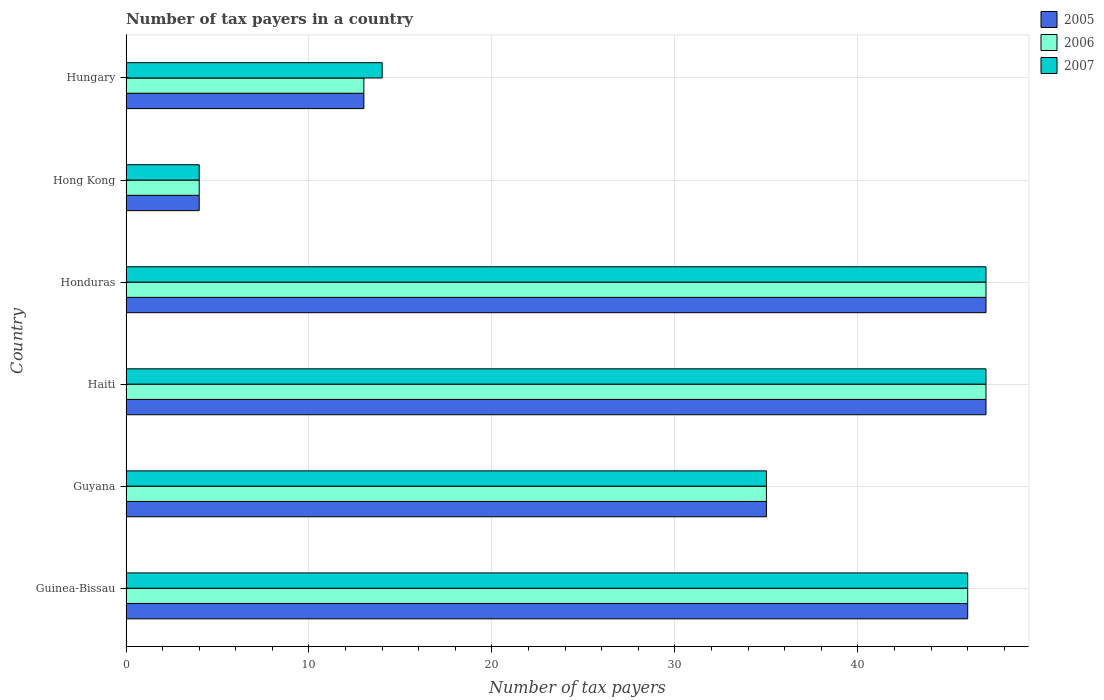
| Country | 2005 | 2006 | 2007 |
 | --- | --- | --- | --- |
 | Guinea-Bissau | 46 | 46 | 46 |
 | Guyana | 35 | 35 | 35 |
 | Haiti | 47 | 47 | 47 |
 | Honduras | 47 | 47 | 47 |
 | Hong Kong | 4 | 4 | 4 |
 | Hungary | 13 | 13 | 14 |